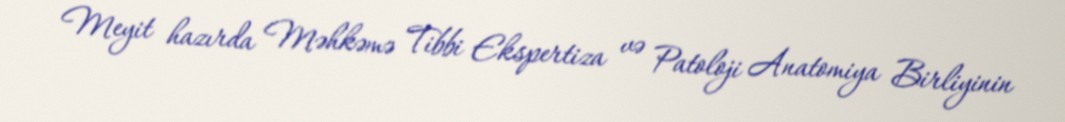
Meyit hazırda Məhkəmə Tibbi Ekspertiza və Patoloji Anatomiya Birliyinin